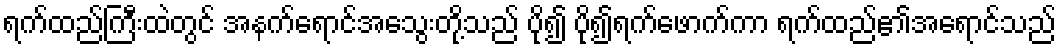
ရက်ထည်ကြီးထဲတွင် အနက်ရောင်အသွေးတို့သည် ပို၍ ပို၍ရက်ဖောက်ကာ ရက်ထည်၏အရောင်သည်